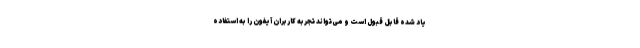
یاد شده قابل قبول است و می‌تواند تجربه کاربران آیفون را به استفاده